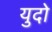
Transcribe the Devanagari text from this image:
युदो